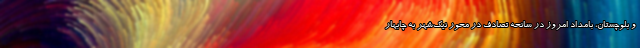
و بلوچستان، بامداد امروز در سانحه تصادف در محور نیک‌شهر به چابهار